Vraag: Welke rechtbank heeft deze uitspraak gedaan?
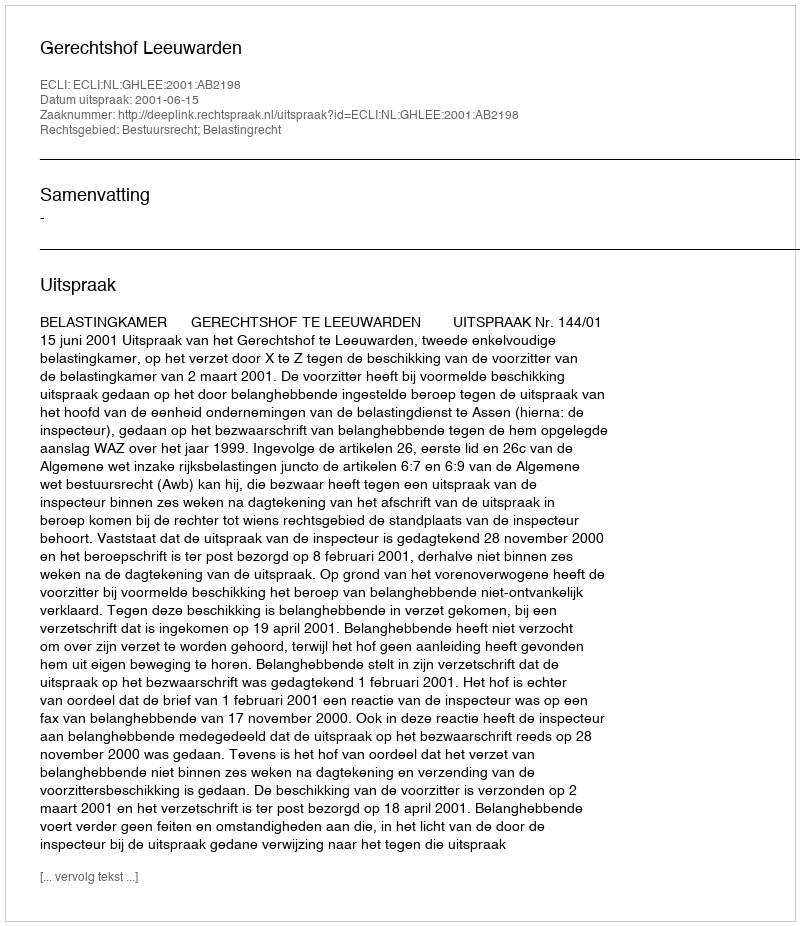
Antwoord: Gerechtshof Leeuwarden